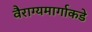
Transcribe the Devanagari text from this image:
वैराग्यमार्गाकडे